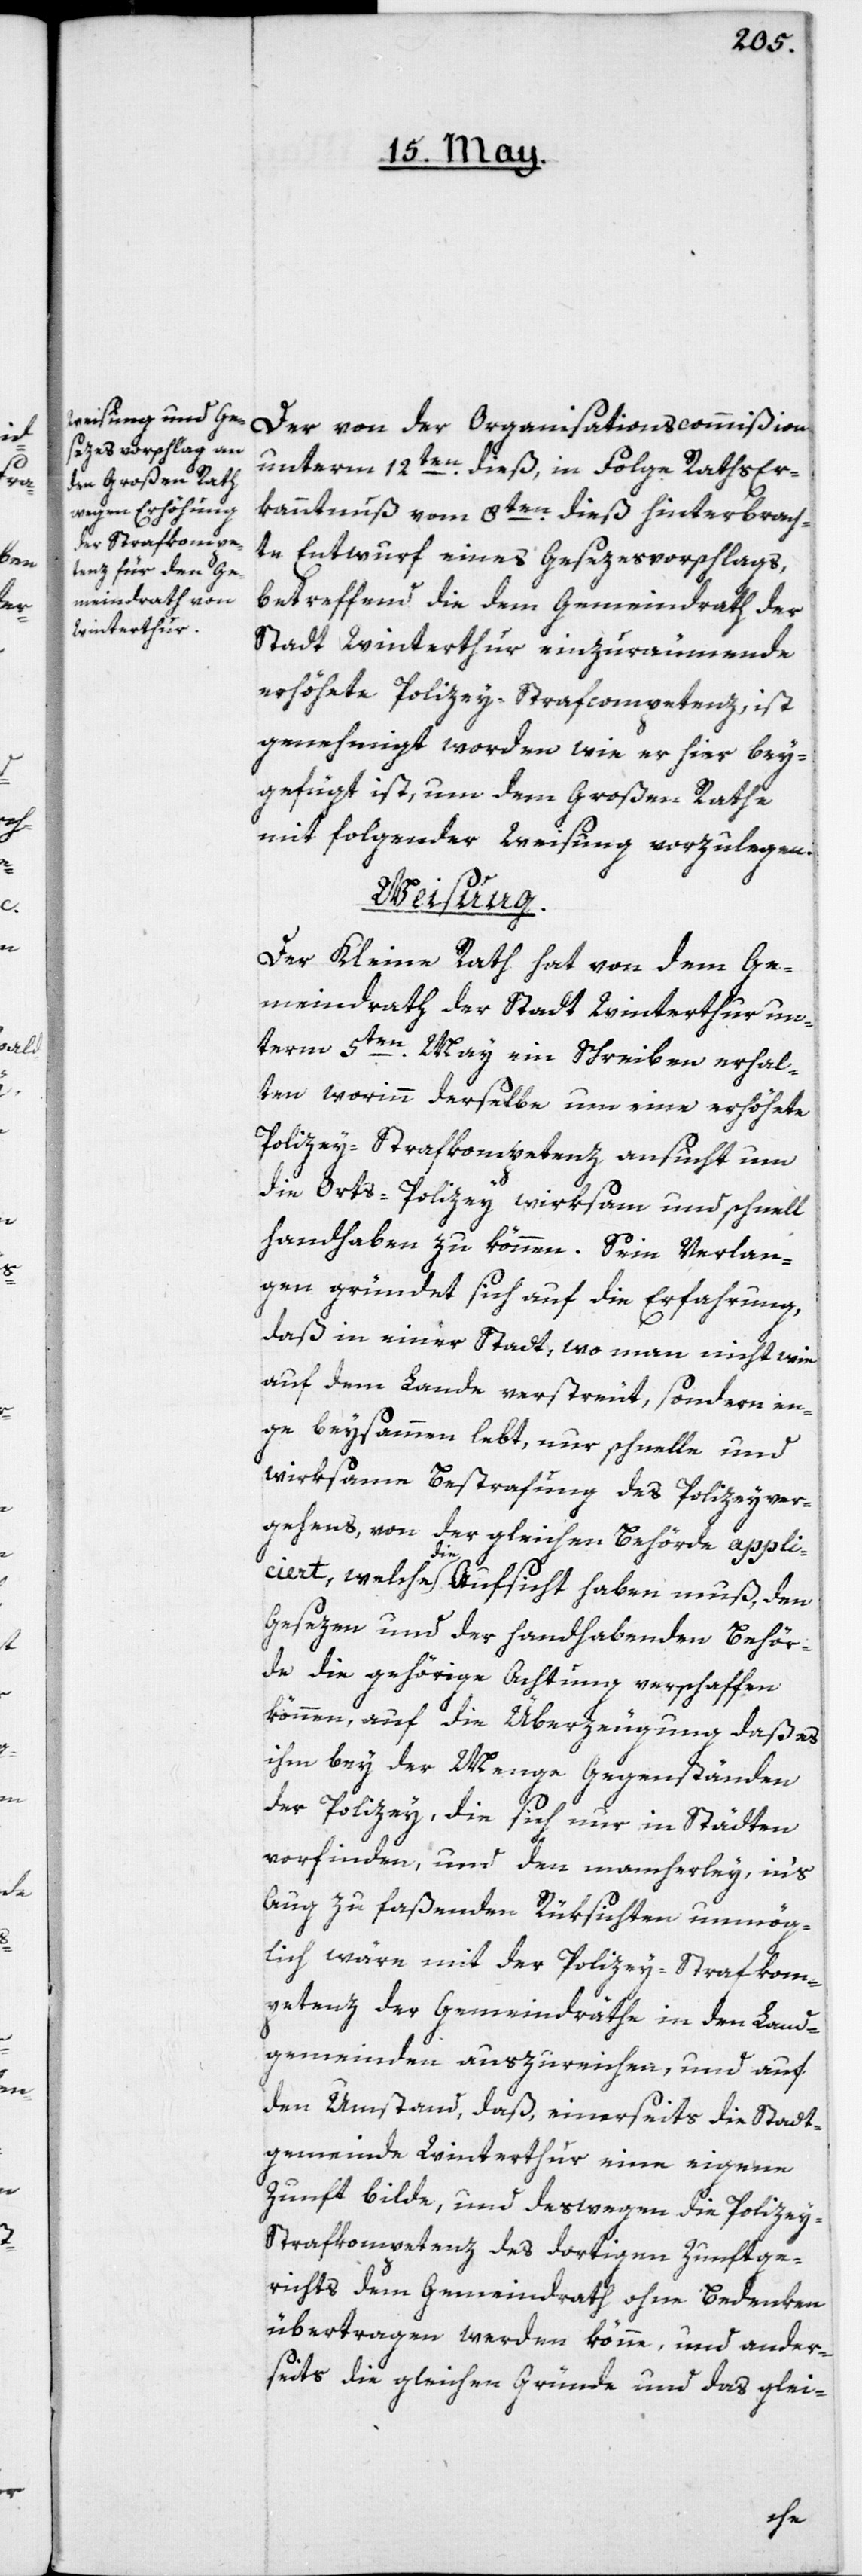
und
ize¬

Der von der Organisationscommißion
unterm 12ten dieß, in Folge Rathser¬
kanntnuß vom 8ten dieß hinterbrach¬
ten Entwurf eines Gesezesvorschlags,
betreffend die dem Gemeindrath der
Stadt Winterthur einzuräumende
erhöhete Polizey-Strafcompetenz, ist
genehmigt worden wie er hier bey¬
gefügt ist, um dem Großen Rathe
mit folgender Weisung vorzulegen:
Weisung.
Der Kleine Rath hat von dem Ge¬
meindrath der Stadt Winterthur un¬
term 5ten May ein Schreiben erhal¬
ten, worinn derselbe um eine erhöhete
Polizey-Strafkompetenz ansucht, um
die Orts-Polizey wirksam und schnell
handhaben zu können. Sein Verlan¬
gen gründet sich auf die Erfahrung,
daß in einer Stadt, wo man nicht wie
auf dem Lande verstreut, sondern en¬
ge beysammen lebt, nur schnelle und
wirksame Bestrafung des Polizeyver¬
gehens, von der gleichen Behörde appli¬
ciert, welche die Aufsicht haben muß, den
Gesezen und der handhabenden Behör¬
de die gehörige Achtung verschaffen
können, auf die Überzeugung, daß es
ihm bey der Menge Gegenständen
der Polizey, die sich nur in Städten
vorfinden, und den mancherley, in’s
Aug zu faßenden Rüksichten unmög¬
lich wäre, mit der Polizey-Strafkom¬
petenz der Gemeindräthe in den Land¬
gemeinden auszureichen, und auf
den Umstand, daß, einerseits die Stadt¬
gemeinde Winterthur eine eigene
y-Strafkompetenz des dortigen Zunftge¬
richts dem Gemeindrath ohne Bedenken
übertragen werden könne, und ander¬
seits die gleichen Gründe und das glei-